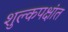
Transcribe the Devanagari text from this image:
शुल्कपक्षांत